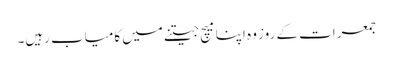
جمعرات کے روز وہ اپنا میچ جیتنے میں کامیاب رہیں۔